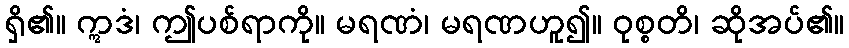
ရှိ၏။ ဣဒံ၊ ဤပစ်ရာကို။ မရဏံ၊ မရဏဟူ၍။ ဝုစ္စတိ၊ ဆိုအပ်၏။